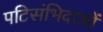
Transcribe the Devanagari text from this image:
पटिसंभिदाओं